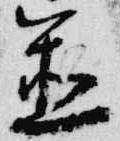
置